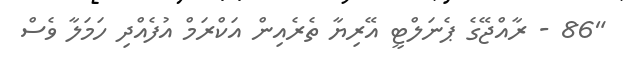
"86 - ރާއްޖޭގެ ޕެނަލްޓީ އޭރިޔާ ތެރެއިން އަކްރަމް އުފެއްދި ހަމަލާ ވެސް